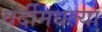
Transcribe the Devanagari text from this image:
वर्दीमधल्या